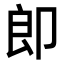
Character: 𭅺